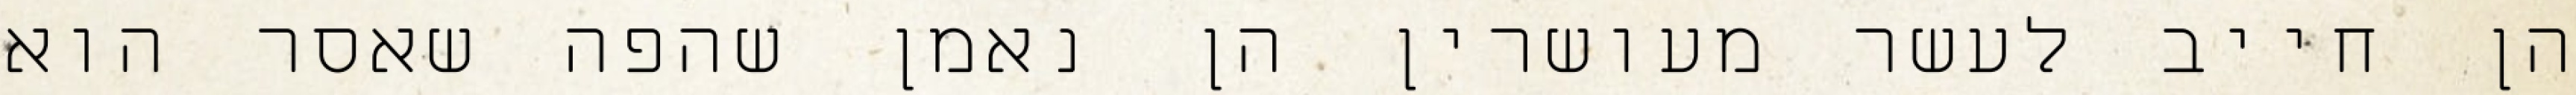
הן חייב לעשר מעושרין הן נאמן שהפה שאסר הוא